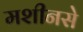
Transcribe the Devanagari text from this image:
मशीनसे